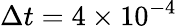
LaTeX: \Delta t=4\times 10^{-4}